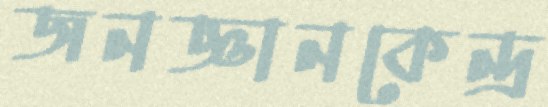
জনজ্ঞানকেন্দ্র